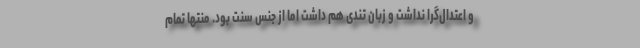
و اعتدال‌گرا نداشت و زبان تندی هم داشت اما از جنس سنت بود. منتها تمام